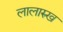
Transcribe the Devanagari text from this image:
लालारुख